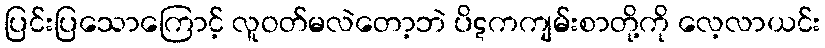
ပြင်းပြသောကြောင့် လူဝတ်မလဲတော့ဘဲ ပိဋကကျမ်းစာတို့ကို လေ့လာယင်း